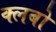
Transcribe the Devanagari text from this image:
क्लबो